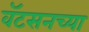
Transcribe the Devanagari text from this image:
वॅटसनच्या